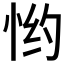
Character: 𱞔